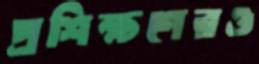
প্রশিক্ষণেরও